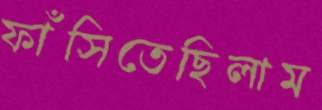
ফাঁসিতেছিলাম